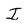
Character: I